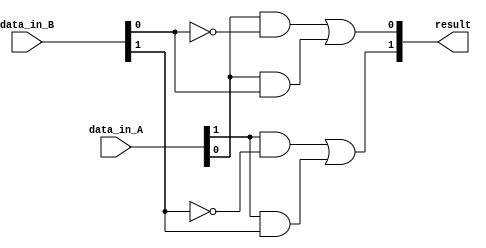
module comparator(
    input [1:0] data_in_A,
    input [1:0] data_in_B,
    output [1:0] result
);

    wire p0, p1, n0, n1;
    
    assign p0 = data_in_A[0] & ~data_in_B[0];
    assign p1 = data_in_A[1] & ~data_in_B[1];
    
    assign n0 = ~data_in_A[0] & data_in_B[0];
    assign n1 = ~data_in_A[1] & data_in_B[1];
    
    assign result[0] = p0 | (data_in_A[0] & data_in_B[0]);
    assign result[1] = p1 | (data_in_A[1] & data_in_B[1]);

endmodule